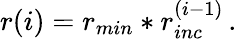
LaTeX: r(i)=r_{min}*r_{inc}^{(i-1)}\, .